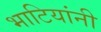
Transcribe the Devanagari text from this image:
भाटियांनी